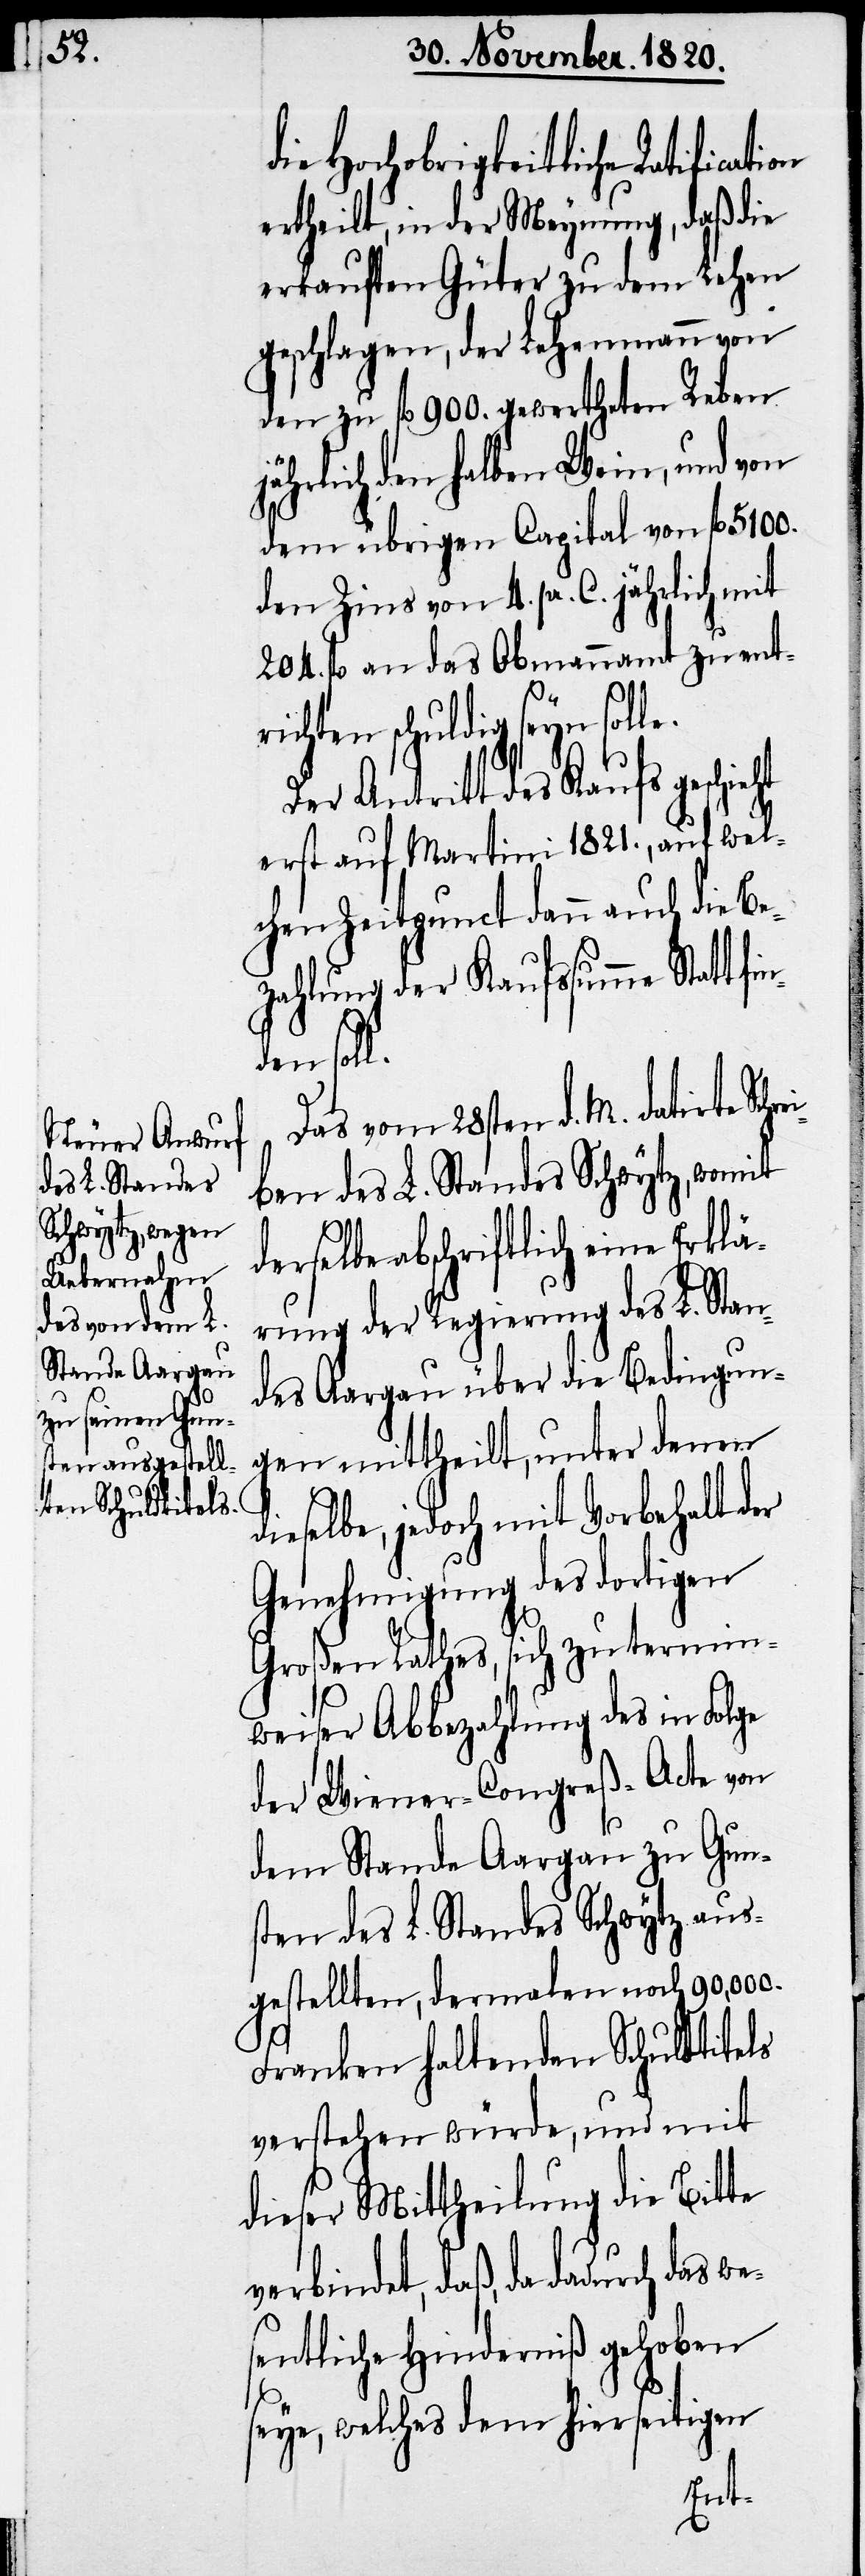
die Hochobrigkeitliche Ratificat¬
ertheilt, in der Meynung, daß die
erkauften Güter zu dem Lehen
geschlagen, der Lehenmann von
den zu fl. 900. gewertheten Reben
jährlich den halben Wein, und von
dem übrigen Capital von fl. 5100.
den Zins von 4. pr. C. jährlich mit
204. fl. an das Obmannamt zu ent¬
wes¬
richten schuldig seyn solle.
des Kaufs geschieht
erst auf Martini 1821., auf wel¬
chen Zeitpunct dann auch die Be¬
zahlung der Kaufssumme Statt f¬
inden
Das vom 28sten d. M. datirte Sch¬
ben des L. Standes Schwytz, womit
erselbe abschriftlich eine Erklä¬
rung der Regierung des L. Stan¬
des Aargau über die Bedingun¬
gen mittheilt, unter denen
dieselbe, jedoch mit Vorbehalt der
Genehmigung des dortigen
Großen Rathes, sich zu termin¬
weiser Abbezahlung des in Folge
der Wiener-Congreß-Acte von
dem Stande Aargau zu Gun¬
sten des L. Standes Schwytz aus¬
gestellten, dernahen noch 90,000.
Franken haltenden Schuldtitels
verstehen würde, und mit
dieser Mittheilung die Bitte
verbindet, daß, da dadurch
entliche Hinderniß gehoben
seye, welches dem hierseitigen